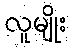
လူမျိုး